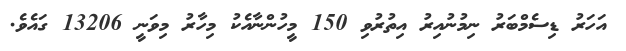
އަހަރު ޑިސެމްބަރު ނިމުނުއިރު އިތުރުވި 150 މީހުންނާއެކު މިހާރު މިވަނީ 13206 ގައެވެ.